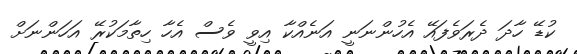
ކުޑޭ ހާދަ ދެރަވެފައޭ އެހުންނަނީ އަނެއްކާ އިވީ ވެސް އެހާ ހިތާމަކުރޭ އަހަންނަށް